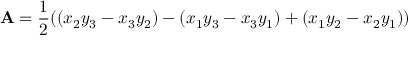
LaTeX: \mathbf { A } = { \frac { 1 } { 2 } } ( ( x _ { 2 } y _ { 3 } - x _ { 3 } y _ { 2 } ) - ( x _ { 1 } y _ { 3 } - x _ { 3 } y _ { 1 } ) + ( x _ { 1 } y _ { 2 } - x _ { 2 } y _ { 1 } ) )